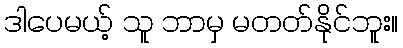
ဒါပေမယ့် သူ ဘာမှ မတတ်နိုင်ဘူး။